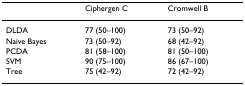
<table><thead><tr><td></td><td><b>Ciphergen C</b></td><td><b>Cromwell B</b></td></tr></thead><tbody><tr><td>DLDA</td><td>77 (50–100)</td><td>73 (50–92)</td></tr><tr><td>Naive Bayes</td><td>73 (50–92)</td><td>68 (42–92)</td></tr><tr><td>PCDA</td><td>81 (58–100)</td><td>81 (50–100)</td></tr><tr><td>SVM</td><td>90 (75–100)</td><td>86 (67–100)</td></tr><tr><td>Tree</td><td>75 (42–92)</td><td>72 (42–92)</td></tr></tbody></table>